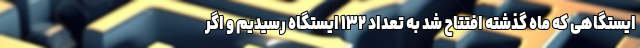
ایستگاهی که ماه گذشته افتتاح شد به تعداد ١٣٢ ایستگاه رسیدیم و اگر